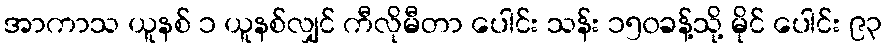
အာကာသ ယူနစ် ၁ ယူနစ်လျှင် ကီလိုမီတာ ပေါင်း သန်း ၁၅၀ခန့်သို့ မိုင် ပေါင်း ၉၃